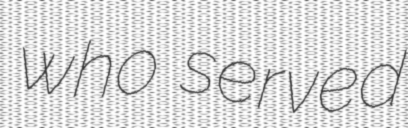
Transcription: who served